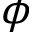
\phi